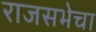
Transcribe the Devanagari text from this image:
राजसभेचा